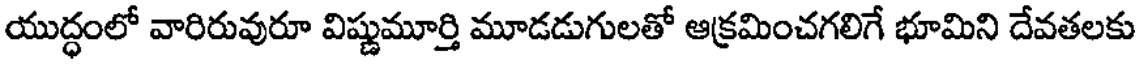
యుద్ధంలో వారిరువురూ విష్ణుమూర్తి మూడడుగులతో ఆక్రమించగలిగే భూమిని దేవతలకు